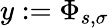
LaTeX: y:=\Phi_{s,\sigma}